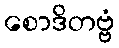
စောဒိတဗ္ဗံ